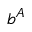
b ^ { A }